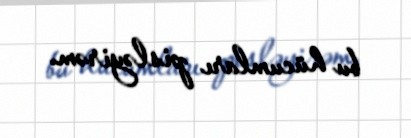
bu hücumları pisləyirəm.